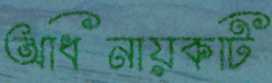
অধিনায়কটি